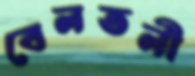
বেলতলী